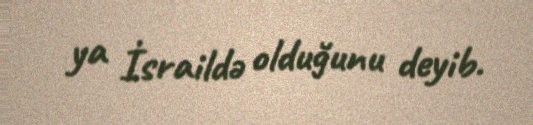
ya İsraildə olduğunu deyib.